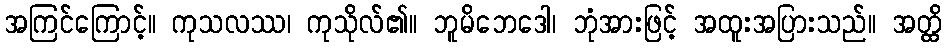
အကြင်ကြောင့်။ ကုသလဿ၊ ကုသိုလ်၏။ ဘူမိဘေဒေါ၊ ဘုံအားဖြင့် အထူးအပြားသည်။ အတ္ထိ